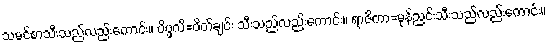
သမင်စာသီးသည်လည်းကောင်း။ ပိပ္ဖလိ=ပိတ်ချင်း သီးသည်လည်းကောင်း။ ရာဇိကာ=မုန်ညင်းသီးသည်လည်းကောင်း။